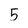
Character: 5